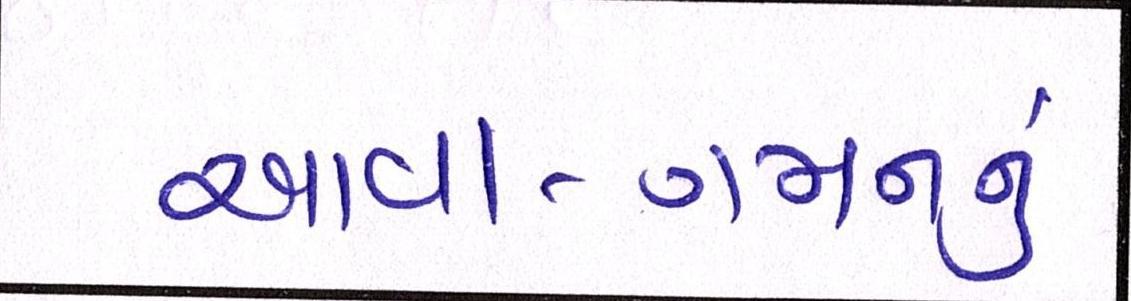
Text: આવા-ગમનનું